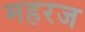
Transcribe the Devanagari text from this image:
महरज